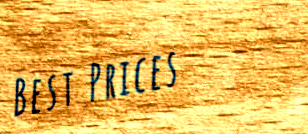
Best Prices